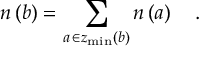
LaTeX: n \left( b \right) = \sum _ { a \, \in z _ { \operatorname * { m i n } } \left( b \right) } n \left( a \right) \quad .